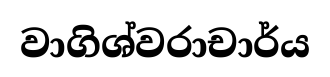
වාගිශ්වරාචාර්ය